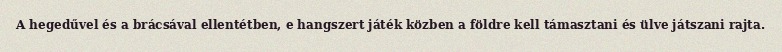
A hegedűvel és a brácsával ellentétben, e hangszert játék közben a földre kell támasztani és ülve játszani rajta.